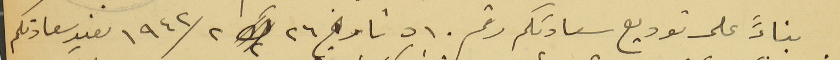
بناءً على توديع سعادتكم رقم ٥١٠ تاريخ ٢٦ ك٢ / ١٩٤٢ نفيد سعادتكم